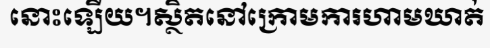
នោះឡើយ។ស្ថិតនៅក្រោមការហាមឃាត់